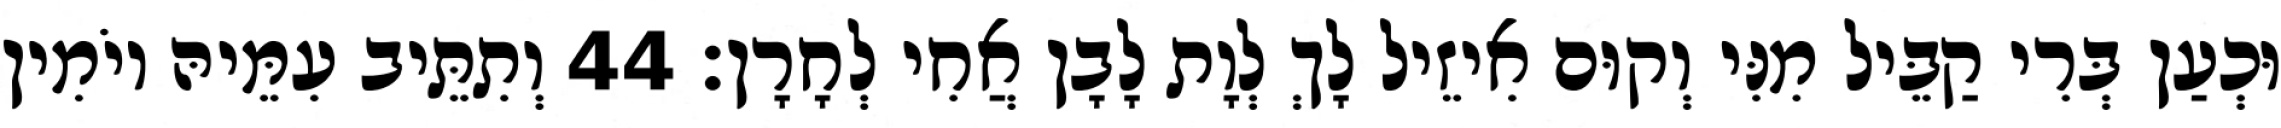
וּכְעַן בְּרִי קַבֵּיל מִנִּי וְקוּם אִיזֵיל לָךְ לְוָת לָבָן אֲחִי לְחָרָן׃ 44 וְתִתֵּיב עִמֵּיהּ יוֹמִין